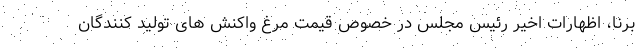
برنا، اظهارات اخیر رئیس مجلس در خصوص قیمت مرغ واکنش های تولید کنندگان